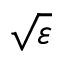
\sqrt { \varepsilon }